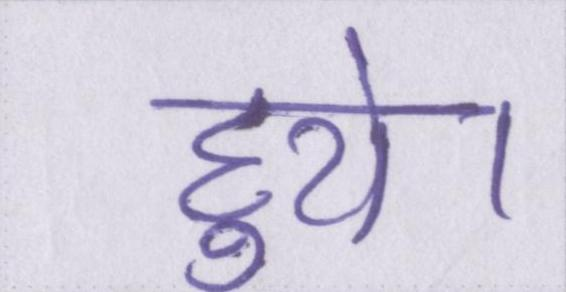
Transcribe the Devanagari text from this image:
हुये।